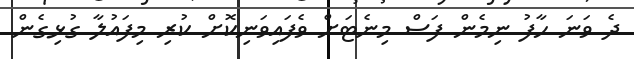
ދެ ވަނަ ހާފު ނިމެން ފަސް މިނެޓަށް ވެފައިވަނިކޮށް ކުރި މިފައުލާ ގުޅިގެން